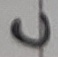
Text: C